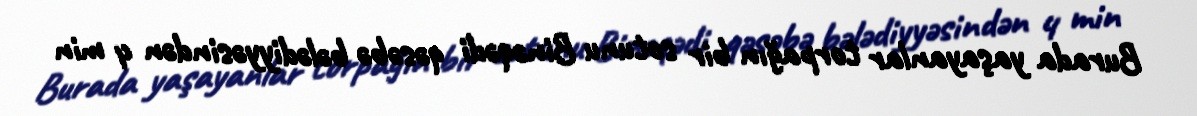
Burada yaşayanlar torpağın bir sotunu Binəqədi qəsəbə bələdiyyəsindən 4 min